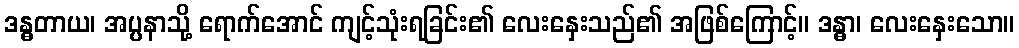
ဒန္ဓတာယ၊ အပ္ပနာသို့ ရောက်အောင် ကျင့်သုံးရခြင်း၏ လေးနှေးသည်၏ အဖြစ်ကြောင့်။ ဒန္ဓာ၊ လေးနှေးသော။